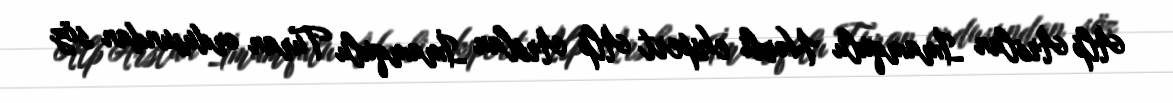
Alp Arslan İmamqulu Hərbi ekspert Alp Arslan İmamqulu Turan ordusundan söz